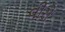
વીરો